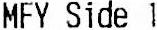
MFY SIDE 1